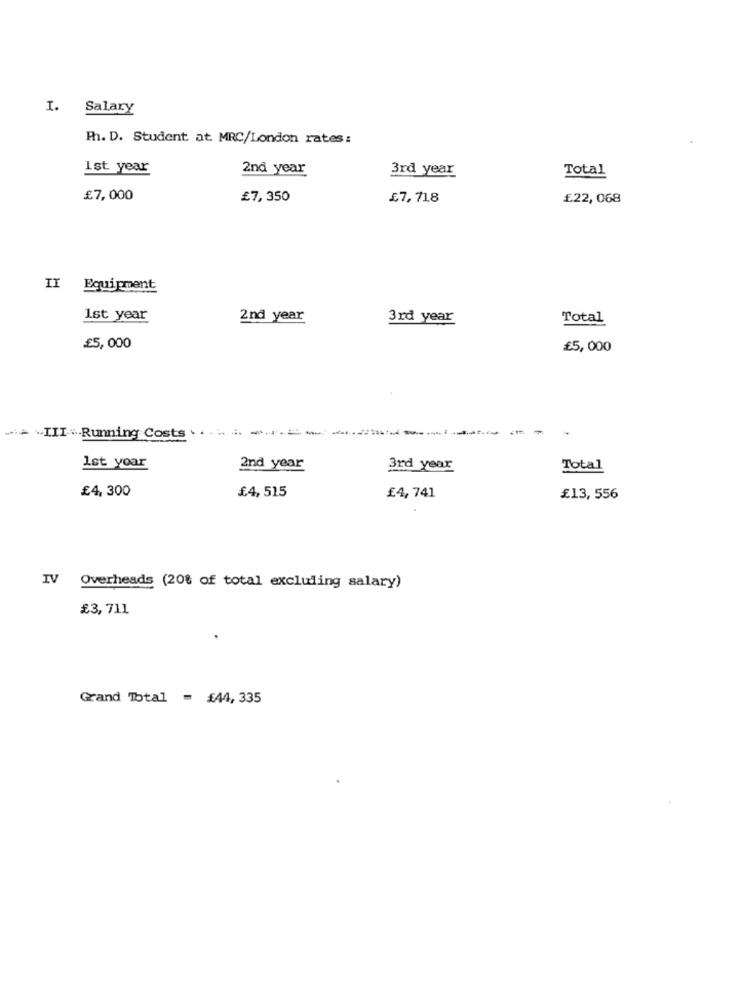
I. Salary
Ph. D. Student at MRC/London rates:
1st year
2nd year
3rd year
Total
£7,000
£7,350
£7,718
£22,068
II Equipment
1st year
2nd year
3rd year
Total
£5,000
£5,000
:= "IIIRunningCosts =====
1st yoar
2nd year
3rd year
Total
£4,300
£4,515
£4,741
£13, 556
IV Overheads (20% of total excluding salary)
£3,711
Grand Total = £44, 335